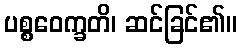
ပစ္စဝေက္ခတိ၊ ဆင်ခြင်၏။